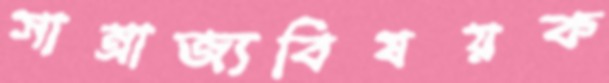
সাম্রাজ্যবিষয়ক